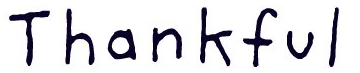
Thankful